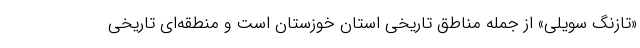
«تازنگ سویلی» از جمله مناطق تاریخی استان خوزستان است و منطقه‌ای تاریخی